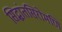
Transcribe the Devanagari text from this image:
सिद्धांतसिरोमणि